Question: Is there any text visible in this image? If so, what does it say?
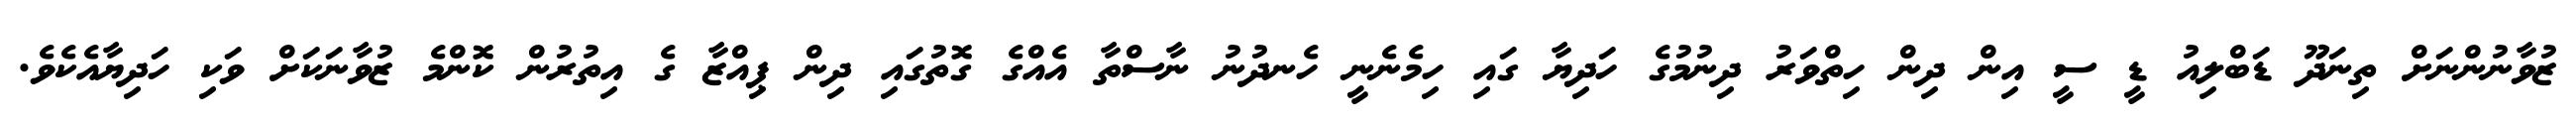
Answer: ޒުވާނުންނަށް ތިނަދޫ ޑަބްލިއު ޑީ ސީ އިން ދިން ހިތްވަރު ދިނުމުގެ ހަދިޔާ ގައި ހިމެނެނީ ހެނދުނު ނާސްތާ އެއްގެ ގޮތުގައި ދިން ޕިއްޒާ ގެ އިތުރުން ކޮންމެ ޒުވާނަކަށް ވަކި ހަދިޔާއެކެވެ.